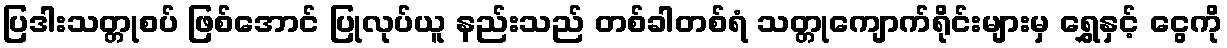
ပြဒါးသတ္တုစပ် ဖြစ်အောင် ပြုလုပ်ယူ နည်းသည် တစ်ခါတစ်ရံ သတ္တုကျောက်ရိုင်းများမှ ရွှေနှင့် ငွေကို